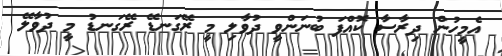
އެމީހުން ދިރާސާ ކޮއްފަ ބުނަންވީ ދުވާލި މީ ރޭގަނޑޭ ރޭގަނޑު މީ ދުވާލޭ